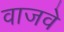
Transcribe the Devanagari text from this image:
वाजवे